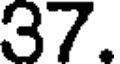
37.